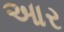
આર